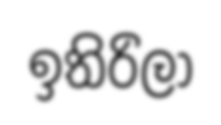
ඉතිරිලා